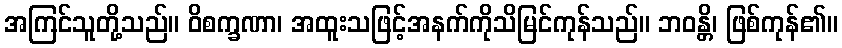
အကြင်သူတို့သည်။ ဝိစက္ခဏာ၊ အထူးသဖြင့်အနက်ကိုသိမြင်ကုန်သည်။ ဘဝန္တိ၊ ဖြစ်ကုန်၏။